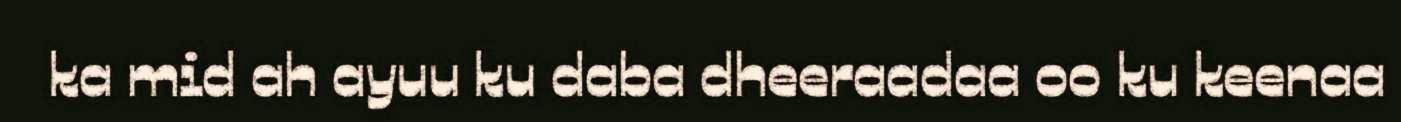
ka mid ah ayuu ku daba dheeraadaa oo ku keenaa